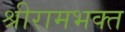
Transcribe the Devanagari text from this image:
श्रीरामभक्त